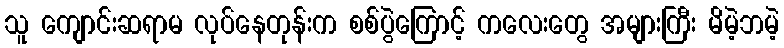
သူ ကျောင်းဆရာမ လုပ်နေတုန်းက စစ်ပွဲကြောင့် ကလေးတွေ အများကြီး မိမဲ့ဘမဲ့